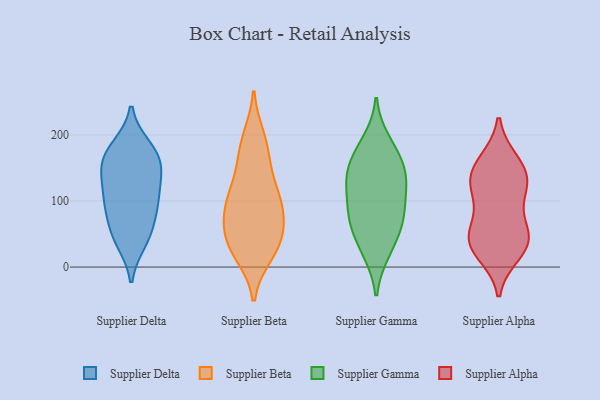
{"axis": {"x": "Temperature (°C)", "y": "Value"}, "legend": ["Supplier Alpha", "Supplier Beta", "Supplier Delta", "Supplier Gamma"], "data": [{"x": "", "y": 181, "type": "Supplier Delta"}, {"x": "", "y": 99, "type": "Supplier Delta"}, {"x": "", "y": 39, "type": "Supplier Delta"}, {"x": "", "y": 46, "type": "Supplier Delta"}, {"x": "", "y": 100, "type": "Supplier Delta"}, {"x": "", "y": 175, "type": "Supplier Delta"}, {"x": "", "y": 136, "type": "Supplier Delta"}, {"x": "", "y": 164, "type": "Supplier Delta"}, {"x": "", "y": 51, "type": "Supplier Delta"}, {"x": "", "y": 169, "type": "Supplier Delta"}, {"x": "", "y": 143, "type": "Supplier Delta"}, {"x": "", "y": 97, "type": "Supplier Delta"}, {"x": "", "y": 83, "type": "Supplier Delta"}, {"x": "", "y": 138, "type": "Supplier Delta"}, {"x": "", "y": 89, "type": "Supplier Beta"}, {"x": "", "y": 43, "type": "Supplier Beta"}, {"x": "", "y": 183, "type": "Supplier Beta"}, {"x": "", "y": 120, "type": "Supplier Beta"}, {"x": "", "y": 43, "type": "Supplier Beta"}, {"x": "", "y": 26, "type": "Supplier Beta"}, {"x": "", "y": 163, "type": "Supplier Beta"}, {"x": "", "y": 40, "type": "Supplier Beta"}, {"x": "", "y": 93, "type": "Supplier Beta"}, {"x": "", "y": 76, "type": "Supplier Beta"}, {"x": "", "y": 194, "type": "Supplier Beta"}, {"x": "", "y": 121, "type": "Supplier Beta"}, {"x": "", "y": 89, "type": "Supplier Beta"}, {"x": "", "y": 21, "type": "Supplier Beta"}, {"x": "", "y": 101, "type": "Supplier Gamma"}, {"x": "", "y": 71, "type": "Supplier Gamma"}, {"x": "", "y": 128, "type": "Supplier Gamma"}, {"x": "", "y": 179, "type": "Supplier Gamma"}, {"x": "", "y": 26, "type": "Supplier Gamma"}, {"x": "", "y": 149, "type": "Supplier Gamma"}, {"x": "", "y": 68, "type": "Supplier Gamma"}, {"x": "", "y": 153, "type": "Supplier Gamma"}, {"x": "", "y": 70, "type": "Supplier Gamma"}, {"x": "", "y": 22, "type": "Supplier Gamma"}, {"x": "", "y": 122, "type": "Supplier Gamma"}, {"x": "", "y": 153, "type": "Supplier Gamma"}, {"x": "", "y": 115, "type": "Supplier Gamma"}, {"x": "", "y": 65, "type": "Supplier Gamma"}, {"x": "", "y": 191, "type": "Supplier Gamma"}, {"x": "", "y": 89, "type": "Supplier Alpha"}, {"x": "", "y": 129, "type": "Supplier Alpha"}, {"x": "", "y": 137, "type": "Supplier Alpha"}, {"x": "", "y": 126, "type": "Supplier Alpha"}, {"x": "", "y": 160, "type": "Supplier Alpha"}, {"x": "", "y": 21, "type": "Supplier Alpha"}, {"x": "", "y": 119, "type": "Supplier Alpha"}, {"x": "", "y": 48, "type": "Supplier Alpha"}, {"x": "", "y": 37, "type": "Supplier Alpha"}, {"x": "", "y": 51, "type": "Supplier Alpha"}, {"x": "", "y": 157, "type": "Supplier Alpha"}, {"x": "", "y": 44, "type": "Supplier Alpha"}, {"x": "", "y": 31, "type": "Supplier Alpha"}]}